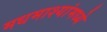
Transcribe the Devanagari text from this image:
मधमाश्यांमध्ये